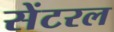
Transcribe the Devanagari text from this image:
सेंटरल